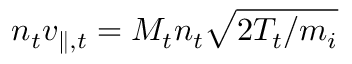
n _ { t } v _ { \parallel , t } = M _ { t } n _ { t } \sqrt { 2 T _ { t } / m _ { i } }